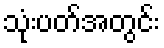
သုံးပတ်အတွင်း